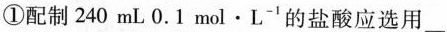
①配制240mL0。1mol·L^{-1}的盐酸应选用